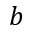
b